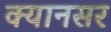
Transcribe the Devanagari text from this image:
क्यानसर